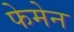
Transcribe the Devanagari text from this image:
फेमेन